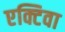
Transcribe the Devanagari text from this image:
एक्टिवा